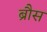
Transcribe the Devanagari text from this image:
ब्रौस